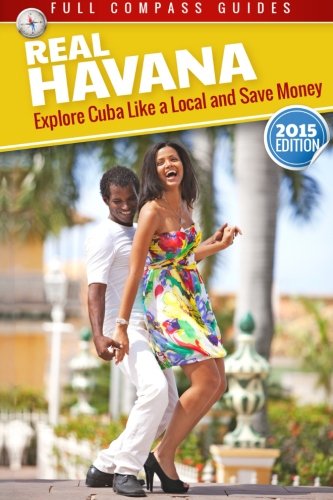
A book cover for Real Havana: Explore Cuba Like A Local And Save Money; Mario Rizzi; Travel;